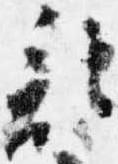
記